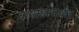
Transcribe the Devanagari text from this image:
कमांडरपर्यंत